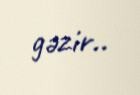
gəzir..